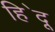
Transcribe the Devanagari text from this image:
हि॓दू